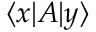
\langle x | A | y \rangle